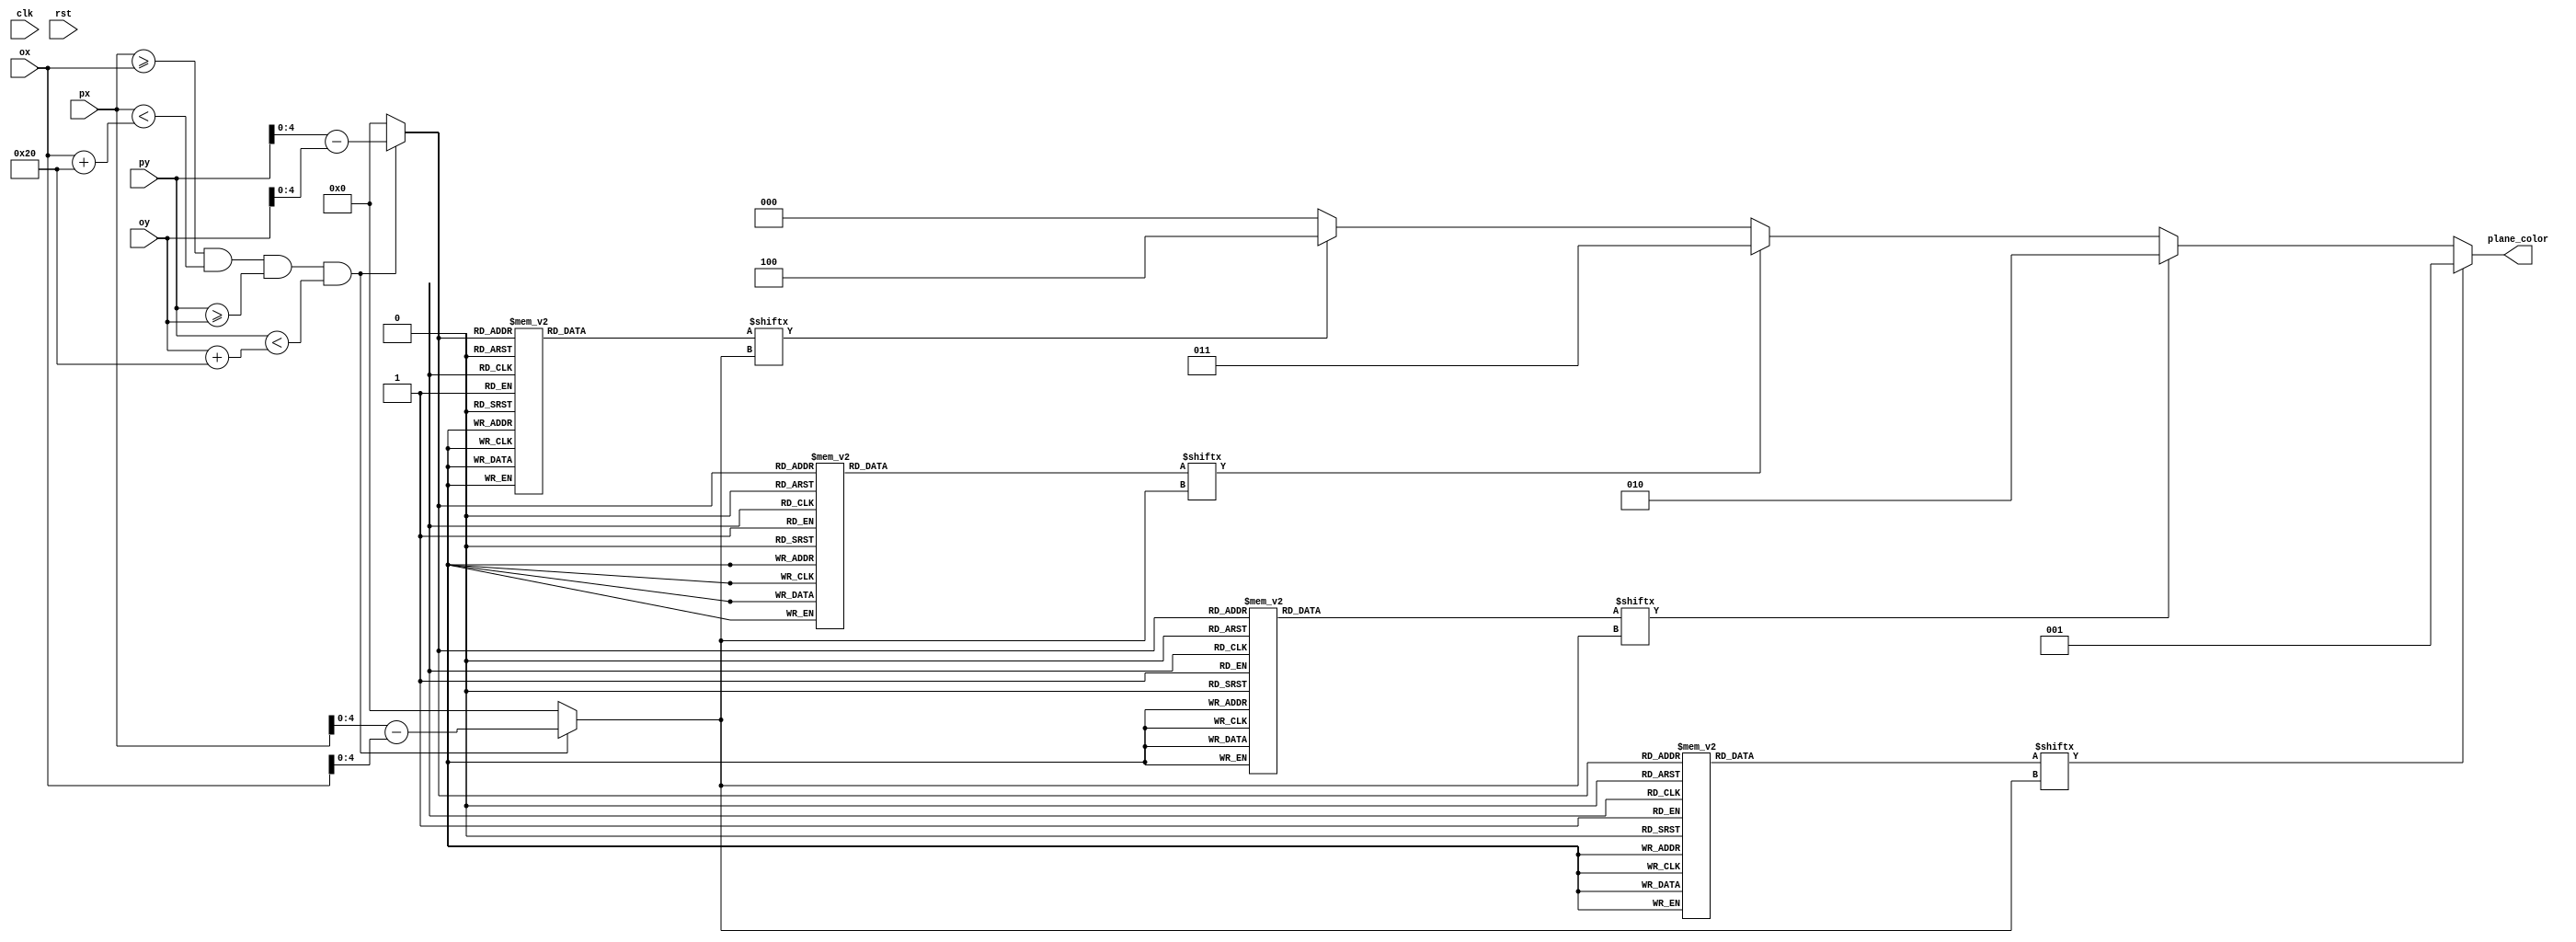
module planepixel
    (input wire clk,
    input wire rst,
    input wire [10:0]  ox,
    input wire [10:0]  oy,
    input wire [10:0]  px,
    input wire [10:0]  py,
    output wire [2:0]   plane_color);

   wire 	             inobj;
   wire [4:0] 	       plane_y, plane_x;
   reg [31:0] 	       rom_data_grey, rom_data_white, rom_data_red, rom_data_black;
   wire [4:0] 	       rom_addr;
   wire               rom_bit_grey, rom_bit_white, rom_bit_red, rom_bit_black;
   
   assign inobj     = (px >= ox) && (px < ox + 32) &&
		       (py >=  oy) && (py < oy + 32);
   
   assign plane_x     = inobj ? px - ox : 0;
   assign plane_y     = inobj ? py - oy : 0;
   
   assign rom_addr   = plane_y;
   assign rom_bit_grey     = rom_data_grey[plane_x];
	assign rom_bit_white    = rom_data_white[plane_x];
	assign rom_bit_red      = rom_data_red[plane_x];
	assign rom_bit_black    = rom_data_black[plane_x];
   
   assign plane_color = (rom_bit_grey)  ? 3'd1 	:
								(rom_bit_white) ? 3'd2  :
								(rom_bit_red)   ? 3'd3  :
								(rom_bit_black) ? 3'd4  : 3'd0;

   always @*
     case (rom_addr)
       5'h00: rom_data_grey = 32'b00000000000000000000000000000000; 
       5'h01: rom_data_grey = 32'b00000000000000000000000000000000; 
       5'h02: rom_data_grey = 32'b00000000000000000000000000000000; 
       5'h03: rom_data_grey = 32'b00000000000000011000000000000000; 
       5'h04: rom_data_grey = 32'b00000000001111111111110000000000; 
       5'h05: rom_data_grey = 32'b00000000000000111100000000000000; 
       5'h06: rom_data_grey = 32'b00000000000001111110000000000000; 
       5'h07: rom_data_grey = 32'b00000000000001000010000000000000; 
       5'h08: rom_data_grey = 32'b00111111111111000011111111111100; 
       5'h09: rom_data_grey = 32'b01110001111111000011111110001110; 
       5'h0a: rom_data_grey = 32'b01110001111111000011111110001110; 
       5'h0b: rom_data_grey = 32'b01110001111111000011111110001110; 
       5'h0c: rom_data_grey = 32'b00011111111111111111111111111000; 
       5'h0d: rom_data_grey = 32'b00000000000001111110000000000000; 
       5'h0e: rom_data_grey = 32'b00000000000001111110000000000000; 
       5'h0f: rom_data_grey = 32'b00000000000001111110000000000000; 
       5'h10: rom_data_grey = 32'b00000000000001111110000000000000; 
       5'h11: rom_data_grey = 32'b00000000000001111110000000000000; 
       5'h12: rom_data_grey = 32'b00000000000001111110000000000000; 
       5'h13: rom_data_grey = 32'b00000000000001111110000000000000; 
       5'h14: rom_data_grey = 32'b00000000000001111110000000000000; 
       5'h15: rom_data_grey = 32'b00000000000001111110000000000000; 
       5'h16: rom_data_grey = 32'b00000000000000111100000000000000; 
       5'h17: rom_data_grey = 32'b00000000000000111100000000000000; 
       5'h18: rom_data_grey = 32'b00000000000000011000000000000000; 
       5'h19: rom_data_grey = 32'b00000000000111111111100000000000; 
       5'h1a: rom_data_grey = 32'b00000000001111111111110000000000; 
       5'h1b: rom_data_grey = 32'b00000000011111111111111000000000; 
       5'h1c: rom_data_grey = 32'b00000000001111111111110000000000; 
       5'h1d: rom_data_grey = 32'b00000000000000011000000000000000; 
       5'h1e: rom_data_grey = 32'b00000000000000000000000000000000; 
       5'h1f: rom_data_grey = 32'b00000000000000000000000000000000; 
     endcase

	always @*
     case (rom_addr)
       5'h00: rom_data_white = 32'b00000000000000000000000000000000; 
       5'h01: rom_data_white = 32'b00000000000000000000000000000000; 
       5'h02: rom_data_white = 32'b00000000000000000000000000000000; 
       5'h03: rom_data_white = 32'b00000000000000000000000000000000; 
       5'h04: rom_data_white = 32'b00000000000000000000000000000000; 
       5'h05: rom_data_white = 32'b00000000000000000000000000000000; 
       5'h06: rom_data_white = 32'b00000000000000000000000000000000; 
       5'h07: rom_data_white = 32'b00000000000000111100000000000000; 
       5'h08: rom_data_white = 32'b00000000000000011000000000000000; 
       5'h09: rom_data_white = 32'b00000000000000000000000000000000; 
       5'h0a: rom_data_white = 32'b00000000000000100100000000000000; 
       5'h0b: rom_data_white = 32'b00000000000000111100000000000000; 
       5'h0c: rom_data_white = 32'b00000000000000000000000000000000; 
       5'h0d: rom_data_white = 32'b00000000000000000000000000000000; 
       5'h0e: rom_data_white = 32'b00000000000000000000000000000000; 
       5'h0f: rom_data_white = 32'b00000000000000000000000000000000; 
       5'h10: rom_data_white = 32'b00000000000000000000000000000000; 
       5'h11: rom_data_white = 32'b00000000000000000000000000000000; 
       5'h12: rom_data_white = 32'b00000000000000000000000000000000; 
       5'h13: rom_data_white = 32'b00000000000000000000000000000000; 
       5'h14: rom_data_white = 32'b00000000000000000000000000000000; 
       5'h15: rom_data_white = 32'b00000000000000000000000000000000; 
       5'h16: rom_data_white = 32'b00000000000000000000000000000000; 
       5'h17: rom_data_white = 32'b00000000000000000000000000000000; 
       5'h18: rom_data_white = 32'b00000000000000000000000000000000; 
       5'h19: rom_data_white = 32'b00000000000000000000000000000000; 
       5'h1a: rom_data_white = 32'b00000000000000000000000000000000; 
       5'h1b: rom_data_white = 32'b00000000000000000000000000000000; 
       5'h1c: rom_data_white = 32'b00000000000000000000000000000000; 
       5'h1d: rom_data_white = 32'b00000000000000000000000000000000; 
       5'h1e: rom_data_white = 32'b00000000000000000000000000000000; 
       5'h1f: rom_data_white = 32'b00000000000000000000000000000000; 
     endcase
	  
	  always @*
     case (rom_addr)
       5'h00: rom_data_red = 32'b00000000000000000000000000000000; 
       5'h01: rom_data_red = 32'b00000000000000000000000000000000; 
       5'h02: rom_data_red = 32'b00000000000000000000000000000000; 
       5'h03: rom_data_red = 32'b00000000000000000000000000000000; 
       5'h04: rom_data_red = 32'b00000000000000000000000000000000; 
       5'h05: rom_data_red = 32'b00000000000000000000000000000000; 
       5'h06: rom_data_red = 32'b00000000000000000000000000000000; 
       5'h07: rom_data_red = 32'b00000000000000000000000000000000; 
       5'h08: rom_data_red = 32'b00000000000000000000000000000000; 
       5'h09: rom_data_red = 32'b00001110000000000000000001110000; 
       5'h0a: rom_data_red = 32'b00001110000000000000000001110000; 
       5'h0b: rom_data_red = 32'b00001110000000000000000001110000; 
       5'h0c: rom_data_red = 32'b00000000000000000000000000000000; 
       5'h0d: rom_data_red = 32'b00000000000000000000000000000000; 
       5'h0e: rom_data_red = 32'b00000000000000000000000000000000; 
       5'h0f: rom_data_red = 32'b00000000000000000000000000000000; 
       5'h10: rom_data_red = 32'b00000000000000000000000000000000; 
       5'h11: rom_data_red = 32'b00000000000000000000000000000000; 
       5'h12: rom_data_red = 32'b00000000000000000000000000000000; 
       5'h13: rom_data_red = 32'b00000000000000000000000000000000; 
       5'h14: rom_data_red = 32'b00000000000000000000000000000000; 
       5'h15: rom_data_red = 32'b00000000000000000000000000000000; 
       5'h16: rom_data_red = 32'b00000000000000000000000000000000; 
       5'h17: rom_data_red = 32'b00000000000000000000000000000000; 
       5'h18: rom_data_red = 32'b00000000000000000000000000000000; 
       5'h19: rom_data_red = 32'b00000000000000000000000000000000; 
       5'h1a: rom_data_red = 32'b00000000000000000000000000000000; 
       5'h1b: rom_data_red = 32'b00000000000000000000000000000000; 
       5'h1c: rom_data_red = 32'b00000000000000000000000000000000; 
       5'h1d: rom_data_red = 32'b00000000000000000000000000000000; 
       5'h1e: rom_data_red = 32'b00000000000000000000000000000000; 
       5'h1f: rom_data_red = 32'b00000000000000000000000000000000; 
     endcase
	  
	  always @*
     case (rom_addr)
       5'h00: rom_data_black = 32'b00000000000000000000000000000000; 
       5'h01: rom_data_black = 32'b00000000000000000000000000000000; 
       5'h02: rom_data_black = 32'b00000000000000000000000000000000; 
       5'h03: rom_data_black = 32'b00000000000000000000000000000000; 
       5'h04: rom_data_black = 32'b00000000000000000000000000000000; 
       5'h05: rom_data_black = 32'b00000000000000000000000000000000; 
       5'h06: rom_data_black = 32'b00000000000000000000000000000000; 
       5'h07: rom_data_black = 32'b00000000000000000000000000000000; 
       5'h08: rom_data_black = 32'b00000000000000100100000000000000; 
       5'h09: rom_data_black = 32'b00000000000000111100000000000000; 
       5'h0a: rom_data_black = 32'b00000000000000011000000000000000; 
       5'h0b: rom_data_black = 32'b00000000000000000000000000000000; 
       5'h0c: rom_data_black = 32'b00000000000000000000000000000000; 
       5'h0d: rom_data_black = 32'b00000000000000000000000000000000; 
       5'h0e: rom_data_black = 32'b00000000000000000000000000000000; 
       5'h0f: rom_data_black = 32'b00000000000000000000000000000000; 
       5'h10: rom_data_black = 32'b00000000000000000000000000000000; 
       5'h11: rom_data_black = 32'b00000000000000000000000000000000; 
       5'h12: rom_data_black = 32'b00000000000000000000000000000000; 
       5'h13: rom_data_black = 32'b00000000000000000000000000000000; 
       5'h14: rom_data_black = 32'b00000000000000000000000000000000; 
       5'h15: rom_data_black = 32'b00000000000000000000000000000000; 
       5'h16: rom_data_black = 32'b00000000000000000000000000000000; 
       5'h17: rom_data_black = 32'b00000000000000000000000000000000; 
       5'h18: rom_data_black = 32'b00000000000000000000000000000000; 
       5'h19: rom_data_black = 32'b00000000000000000000000000000000; 
       5'h1a: rom_data_black = 32'b00000000000000000000000000000000; 
       5'h1b: rom_data_black = 32'b00000000000000000000000000000000; 
       5'h1c: rom_data_black = 32'b00000000000000000000000000000000; 
       5'h1d: rom_data_black = 32'b00000000000000000000000000000000; 
       5'h1e: rom_data_black = 32'b00000000000000000000000000000000; 
       5'h1f: rom_data_black = 32'b00000000000000000000000000000000; 
     endcase
	  
endmodule